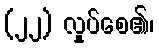
(၂၂) လှုပ်စေ၏၊